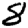
Digit: 8